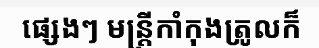
ផ្សេងៗ មន្ត្រីកាំកុងត្រូលក៏